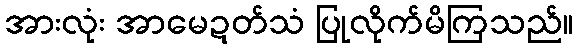
အားလုံး အာမေဍတ်သံ ပြုလိုက်မိကြသည်။